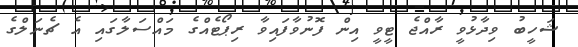
ޝަހީބު ވިދާޅުވީ ރާއްޖެ ޓީވީ އިން ފޮނުވާފައިވާ ރިޕޯޓެއްގެ މައްސަލާގައި އެ ޗެނަލްގެ